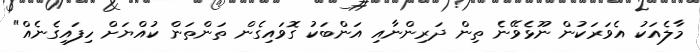
މާލެއަކު އެވަރަކުން ނޫޅެވޭނެ ތިން ދަރިންނާއި އަންބަކު ގޮވައިގެން ތަންތަން ކުއްޔަށް ހިފައިގެނެއް"